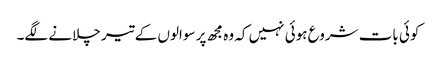
کوئی بات شروع ہوئی نہیں کہ وہ مجھ پر سوالوں کے تیر چلانے لگے۔